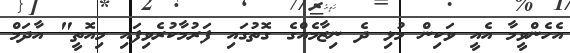
އެހެންވީމާ އެއީ ވަކިން މުޅި ދެ ނިޒާމެއްގެ ގޮތުގައި ފަރުމާކުރެވިފައި މިއޮތީ" އާދަމް